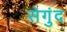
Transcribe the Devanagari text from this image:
सेगुंद